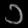
Digit: ၁